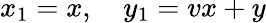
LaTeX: x_{1}=x,\quad y_{1}=vx+y